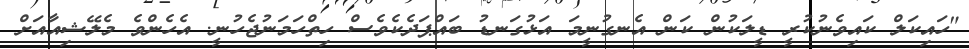
"ހައިކަލް ކައިވެނުކުރީ ޑީލަކުން ކަން އެނގުނީމަ އަޅުގަނޑު ބައްޕަދެކެވެސް ހިތްހަމަނުޖެހުނީ. އެހެންވެ މެލޭޝިއާއަށް